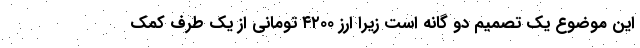
این موضوع یک تصمیم دو گانه است زیرا ارز ۴۲۰۰ تومانی از یک طرف کمک